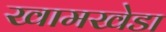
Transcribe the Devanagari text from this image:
खामखेडा